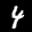
Label: 4